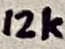
Text: 12k